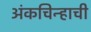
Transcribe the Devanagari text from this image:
अंकचिन्हाची